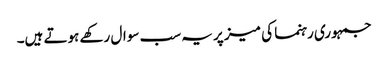
جمہوری رہنما کی میز پر یہ سب سوال رکھے ہوتے ہیں۔